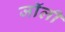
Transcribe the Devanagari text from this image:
जाॅली